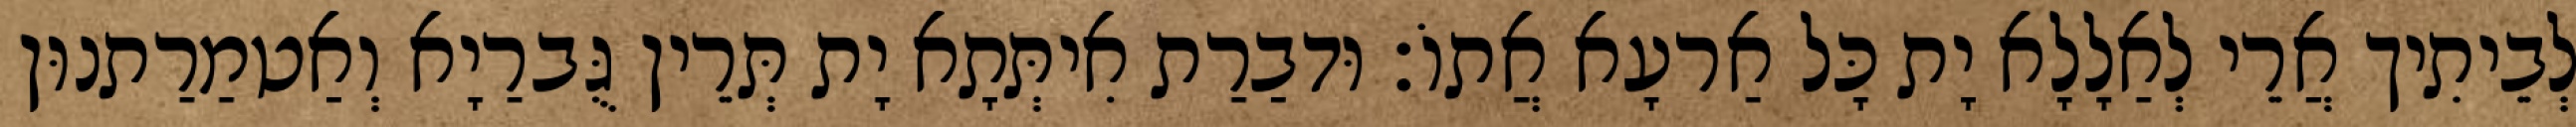
לְבֵיתִיך אֲרֵי לְאַלָלָא יָת כָּל אַרעָא אֲתוֹ׃ וּדבַרַת אִיתְּתָא יָת תְּרֵין גֻּברַיָא וְאַטמַרַתנוּן